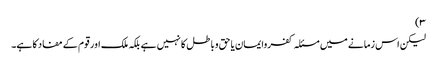
۳)
لیکن اس زمانے میں مسئلہ کفروایمان یا حق وباطل کا نہیں ہے بلکہ ملک اور قوم کے مفاد کا ہے۔